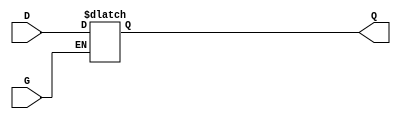
module gated_transparent_latch (
    input wire D,     // Data input
    input wire G,     // Enable signal
    output reg Q      // Output
);

// Always block triggered by changes in the Enable signal
always @(*) begin
    if (G) begin
        // When G is high, Q follows D
        Q = D;
    end
    // When G is low, Q retains its last value
end

endmodule